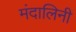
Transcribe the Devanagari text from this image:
मंदालिनी